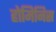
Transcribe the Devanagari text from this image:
होमिनिस